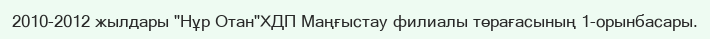
2010-2012 жылдары "Нұр Отан"ХДП Маңғыстау филиалы төрағасының 1-орынбасары.